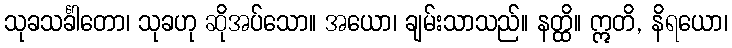
သုခသင်္ခါတော၊ သုခဟု ဆိုအပ်သော။ အယော၊ ချမ်းသာသည်။ နတ္ထိ။ ဣတိ, နိရယော၊